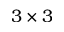
3 \times 3